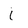
Character: i